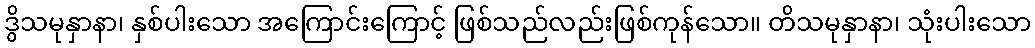
ဒွိသမုနှာနာ၊ နှစ်ပါးသော အကြောင်းကြောင့် ဖြစ်သည်လည်းဖြစ်ကုန်သော။ တိသမုနှာနာ၊ သုံးပါးသော